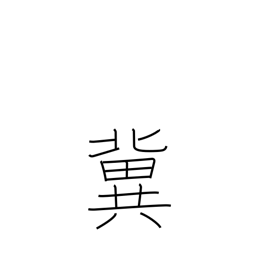
Meaning: hope for